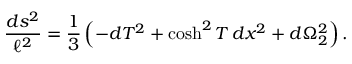
{ \frac { d s ^ { 2 } } { \ell ^ { 2 } } } = \frac { 1 } { 3 } \left( - d T ^ { 2 } + \cosh ^ { 2 } T \, d x ^ { 2 } + d \Omega _ { 2 } ^ { 2 } \right) .